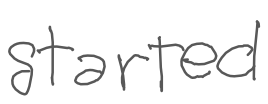
Text: started
Cross-out: clean
Writing tool: digital_gray